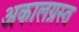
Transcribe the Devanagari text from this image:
अकालग्रस्त